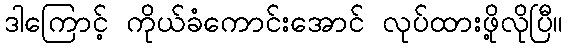
ဒါကြောင့် ကိုယ်ခံကောင်းအောင် လုပ်ထားဖို့လိုပြီ။